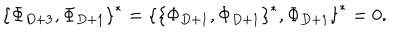
LaTeX: { \{ \Phi _ { D + 3 } , \Phi _ { D + 1 } \} } ^ { * } = { \{ { \{ \Phi _ { D + 1 } , \Phi _ { D + 1 } \} } ^ { * } , \Phi _ { D + 1 } \} } ^ { * } = 0 .